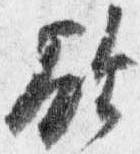
欲